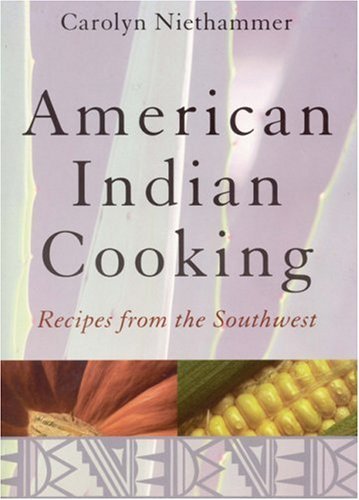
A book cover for American Indian Cooking: Recipes from the Southwest: 1st (First) Edition; Jenean Thomson (Illustrator), Ann Woodin (Foreword by) Carolyn Niethammer; Cookbooks, Food & Wine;